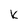
Character: k